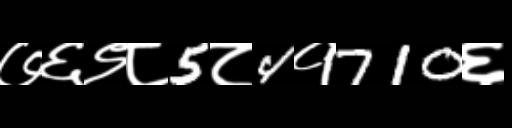
Text: ७६९८5८4१710६